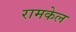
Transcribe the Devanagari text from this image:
रामकेल